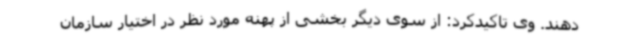
دهند. وی تاکیدکرد: از سوی دیگر بخشی از پهنه مورد نظر در اختیار سازمان